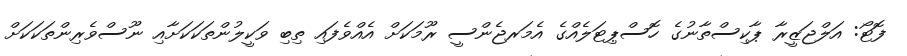
ފޮޓޯ: އަލްޖަޒީރާ ޕާކިސްތާނުގެ ހޮސްޕިޓަލެއްގެ އެމަރޖެންސީ ރޫމަކަށް އެއްވެފައި ތިބި ވަކީލުންތަކަކަށާއި ނޫސްވެރިންތަކަކަށް